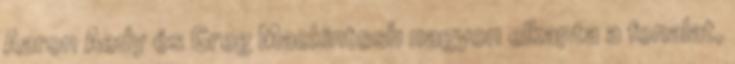
Aaron Aedy és Greg Mackintosh nagyon elkapta a fonalat,